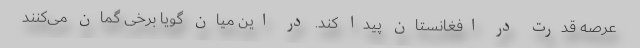
عرصه قدرت در افغانستان پیدا کند. در این میان گویا برخی گمان می‌کنند